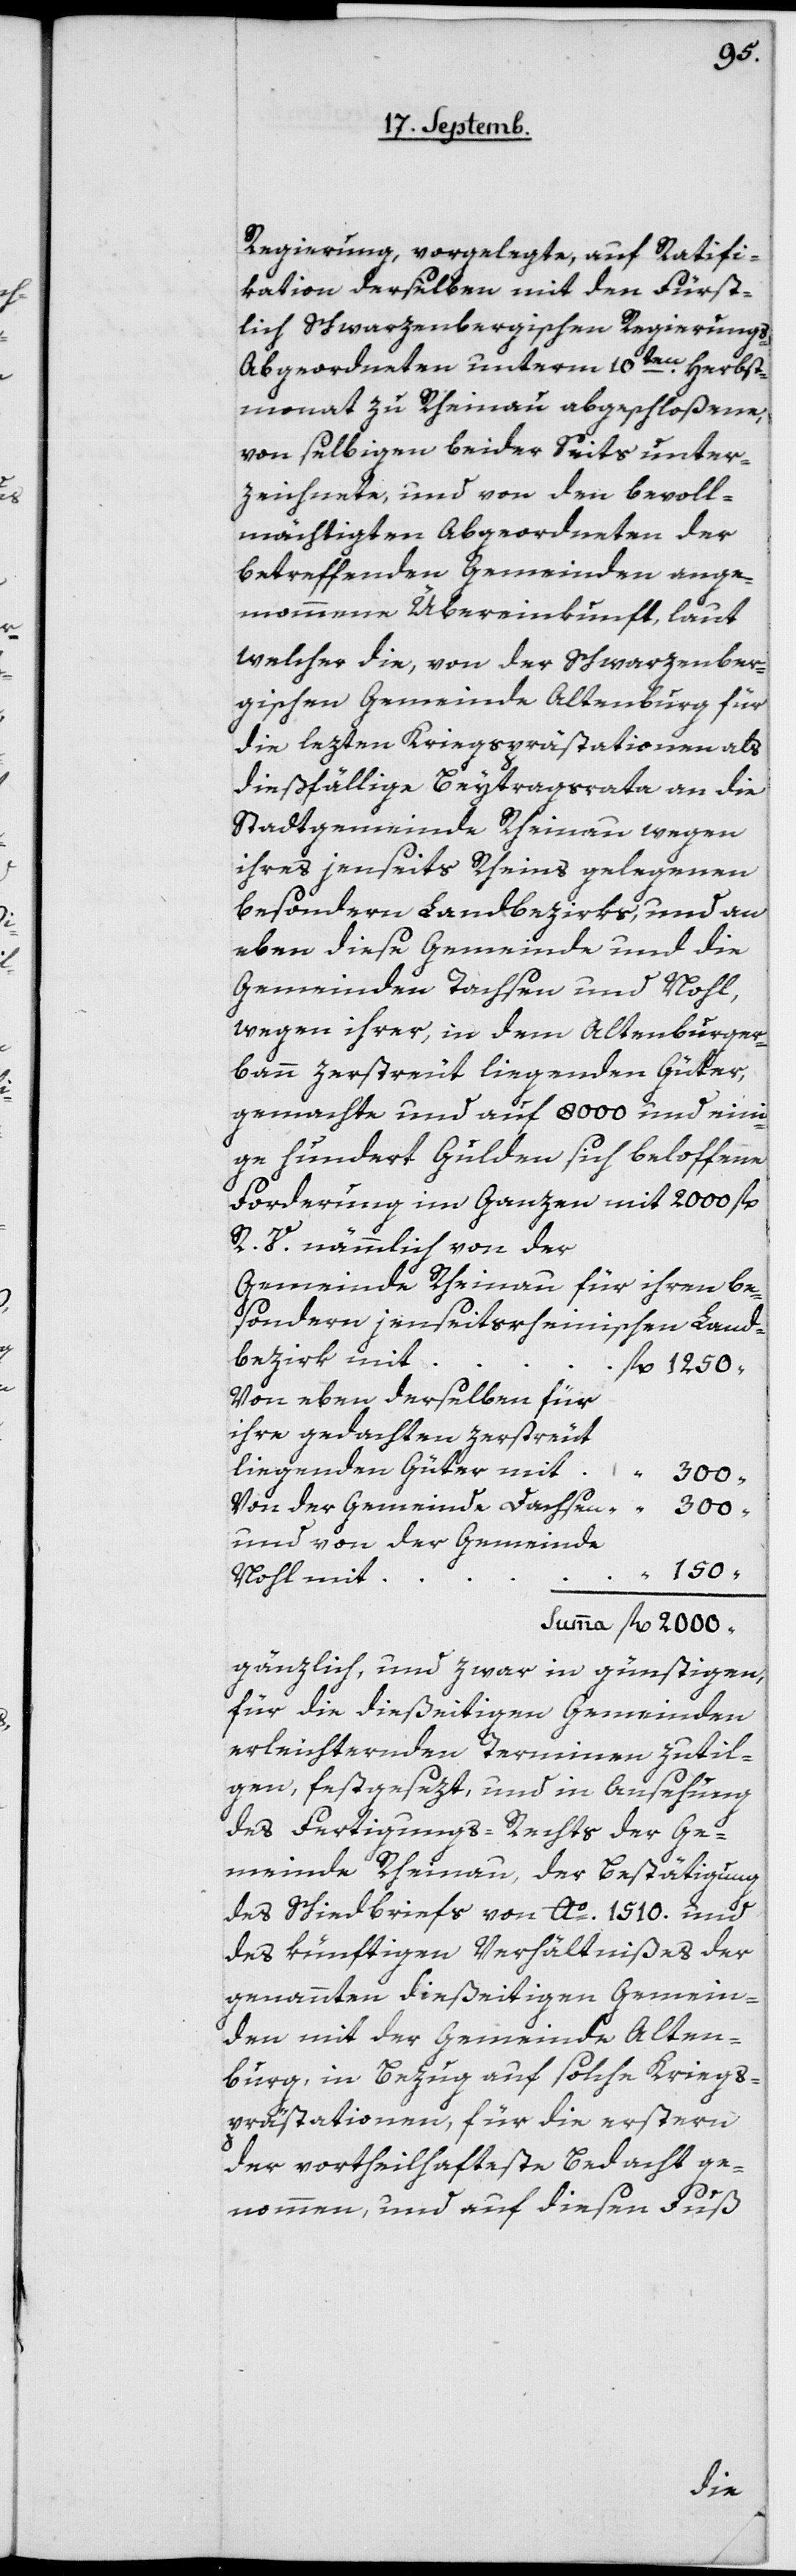
Regierung, vorgelegte, auf Ratifi¬
kation derselben mit den Fürst¬
lich Schwarzenbergischen Regierung¬
s-Abgeordneten unterm 10ten Herbst¬
monat zu Rheinau abgeschloßene,
von selbigen beider Seits unter¬
zeichnete, und von den bevoll¬
mächtigten Abgeordneten der
betreffenden Gemeinden ange¬
nommene Übereinkunft, laut
welcher die, von der schwarzenber¬
gischen Gemeinde Altenburg für
die lezten Kriegsprästationen als
dießfällige Beytragsrata an die
Stadtgemeinde Rheinau wegen
ihres jenseits Rheins gelegenen
besonderen Landbezirks, und an
eben diese Gemeinde und die
Gemeinden Tachsen und Nohl,
wegen ihrer, in dem Altenburger¬
bann zerstreut liegenden Güter,
gemachte und auf 8000 und eini¬
ge hundert Gulden sich beloffene
Forderung im Ganzen mit 2000 fl.
R. V. nämmlich von
Gemeinde Rheinau für ihren be¬
sondern jenseitsrheinischen Land¬
bezirk mit
von eben derselben für
ihre gedachten zerstreut
liegenden Güter mit
Von der Gemeinde Dachsen
und von der Gemeinde
150
Nohl mit
gänzlich, und zwar in günstigen,
für die dießeitigen Gemeinden
erleichternden Terminen zu til¬
gen, festgesezt, und in Ansehung
des Fertigungs-Rechts der Ge¬
meinde Rheinau, der Bestätigung
des Schiedbriefs von Ao 1510 und
des künftigen Verhältnißes der
genannten dießeitigen Gemein¬
den mit der Gemeinde Alten¬
burg, in Bezug auf solche Kriegs¬
prästationen, für die erstern
der vortheilhafteste Bedacht ge¬
nommen, und auf diesen